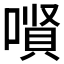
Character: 𱔊